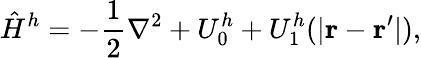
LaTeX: \hat{H}^{h}=-\frac{1}{2}{\mathbf\nabla}^{2}+U_{0}^{h}+U_{1}^{h}(|{\mathbf r}-{\mathbf r^{\prime}}|),